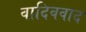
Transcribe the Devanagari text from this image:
वादिववाद